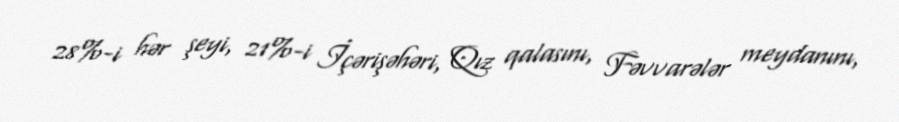
28%-i hər şeyi, 21%-i İçərişəhəri, Qız qalasını, Fəvvarələr meydanını,